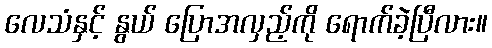
လေသံနှင့် နွယ် ပြောအလှည့်ကို ရောက်ခဲ့ပြီလား။